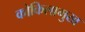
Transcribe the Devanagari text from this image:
कोकिलामुख